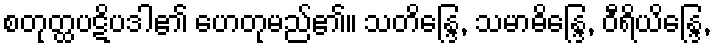
စတုတ္ထပဋိပဒါ၏ ဟေတုမည်၏။ သတိန္ဒြေ, သမာဓိန္ဒြေ, ဝီရိယိန္ဒြေ,